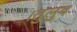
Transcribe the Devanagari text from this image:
।तुलुव